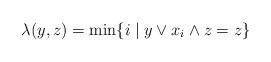
LaTeX: \begin{align*}\lambda(y,z)=\min\{i\mid y\vee x_{i}\wedge z=z\}\end{align*}